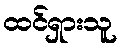
ထင်ရှားသူ